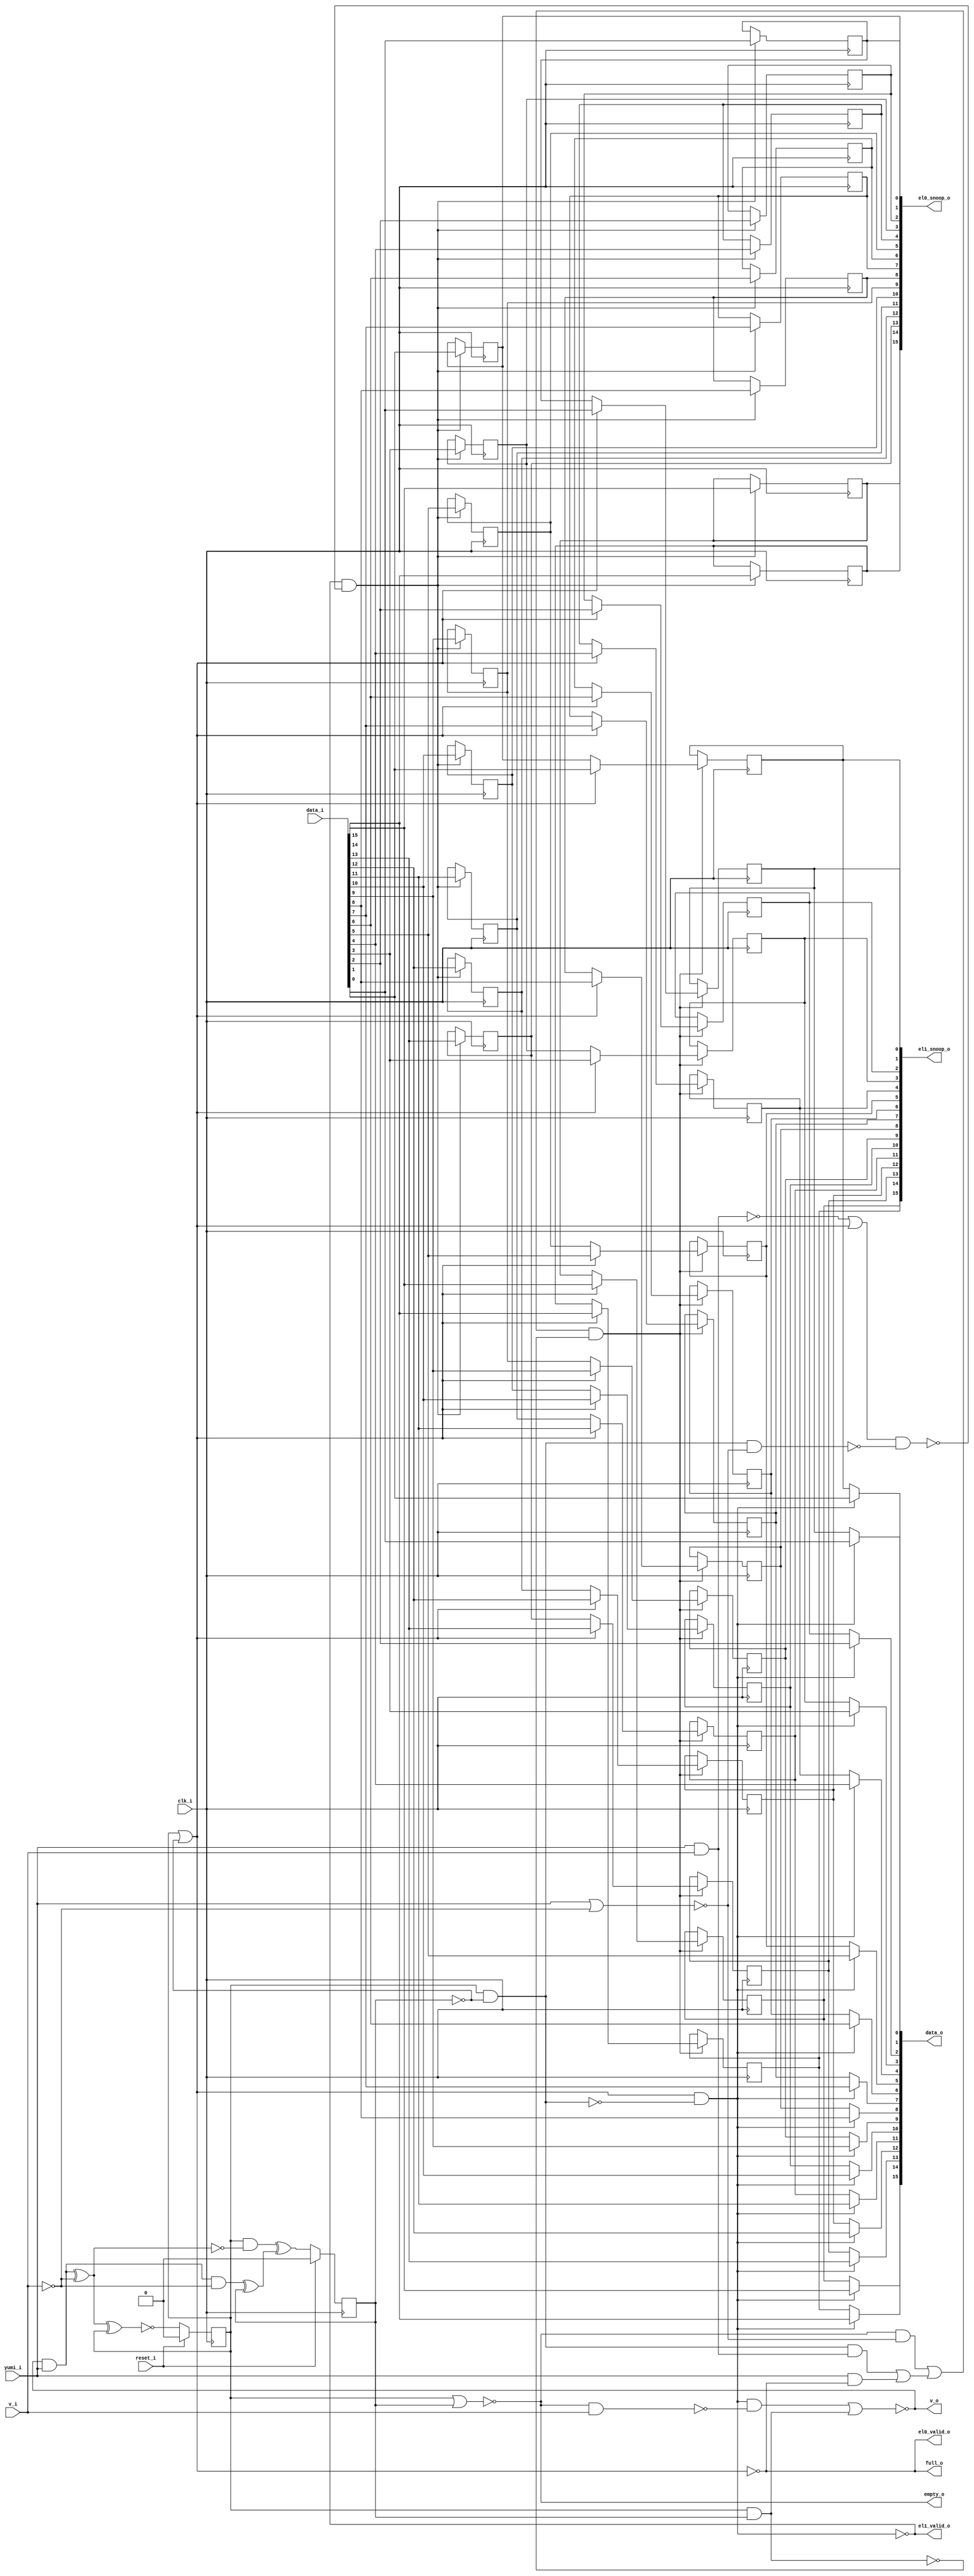
/* Generated by Yosys 0.27+9 (git sha1 101d19bb6, gcc 11.2.0-7ubuntu2 -fPIC -Os) */

(* top =  1  *)

module bsg_cache_buffer_queue(clk_i, reset_i, v_i, data_i, v_o, data_o, yumi_i, el0_valid_o, el1_valid_o, el0_snoop_o, el1_snoop_o, empty_o, full_o);
  wire _000_;
  wire _001_;
  wire _002_;
  wire _003_;
  wire _004_;
  wire _005_;
  wire _006_;
  wire _007_;
  wire _008_;
  wire _009_;
  wire _010_;
  wire _011_;
  wire _012_;
  wire _013_;
  wire _014_;
  wire _015_;
  wire _016_;
  wire _017_;
  wire _018_;
  wire _019_;
  wire _020_;
  wire _021_;
  
  wire _022_;
  
  wire _023_;
  
  wire _024_;
  
  wire _025_;
  
  wire _026_;
  
  wire _027_;
  
  wire _028_;
  
  wire _029_;
  
  wire _030_;
  
  wire _031_;
  
  wire _032_;
  
  wire _033_;
  
  wire _034_;
  
  wire _035_;
  
  wire _036_;
  
  wire _037_;
  (* force_downto = 32'd1 *)
  
  (* unused_bits = "1" *)
  wire [1:0] _038_;
  (* force_downto = 32'd1 *)
  
  wire [1:0] _039_;
  
  input clk_i;
  wire clk_i;
  
  input [15:0] data_i;
  wire [15:0] data_i;
  
  output [15:0] data_o;
  wire [15:0] data_o;
  
  wire el0_enable;
  
  reg [15:0] el0_r;
  
  output [15:0] el0_snoop_o;
  wire [15:0] el0_snoop_o;
  
  output el0_valid_o;
  wire el0_valid_o;
  
  wire el1_enable;
  
  reg [15:0] el1_r;
  
  output [15:0] el1_snoop_o;
  wire [15:0] el1_snoop_o;
  
  output el1_valid_o;
  wire el1_valid_o;
  
  output empty_o;
  wire empty_o;
  
  output full_o;
  wire full_o;
  
  wire mux0_sel;
  
  wire mux1_sel;
  
  reg [1:0] num_els_r;
  
  input reset_i;
  wire reset_i;
  
  input v_i;
  wire v_i;
  
  output v_o;
  wire v_o;
  
  input yumi_i;
  wire yumi_i;
  assign _019_ = num_els_r[0] | ~(num_els_r[1]);
  assign el0_valid_o = ~_019_;
  assign _020_ = num_els_r[0] & ~(num_els_r[1]);
  assign _021_ = _019_ & ~(_020_);
  assign el1_valid_o = ~_021_;
  assign empty_o = ~(num_els_r[0] | num_els_r[1]);
  assign data_o[0] = _021_ ? data_i[0] : el1_r[0];
  assign data_o[1] = _021_ ? data_i[1] : el1_r[1];
  assign data_o[2] = _021_ ? data_i[2] : el1_r[2];
  assign data_o[3] = _021_ ? data_i[3] : el1_r[3];
  assign data_o[4] = _021_ ? data_i[4] : el1_r[4];
  assign data_o[5] = _021_ ? data_i[5] : el1_r[5];
  assign data_o[6] = _021_ ? data_i[6] : el1_r[6];
  assign data_o[7] = _021_ ? data_i[7] : el1_r[7];
  assign data_o[8] = _021_ ? data_i[8] : el1_r[8];
  assign data_o[9] = _021_ ? data_i[9] : el1_r[9];
  assign data_o[10] = _021_ ? data_i[10] : el1_r[10];
  assign data_o[11] = _021_ ? data_i[11] : el1_r[11];
  assign data_o[12] = _021_ ? data_i[12] : el1_r[12];
  assign data_o[13] = _021_ ? data_i[13] : el1_r[13];
  assign data_o[14] = _021_ ? data_i[14] : el1_r[14];
  assign data_o[15] = _021_ ? data_i[15] : el1_r[15];
  assign _022_ = _019_ ? data_i[0] : el0_r[0];
  assign _029_ = _019_ ? data_i[1] : el0_r[1];
  assign _030_ = _019_ ? data_i[2] : el0_r[2];
  assign _031_ = _019_ ? data_i[3] : el0_r[3];
  assign _032_ = _019_ ? data_i[4] : el0_r[4];
  assign _033_ = _019_ ? data_i[5] : el0_r[5];
  assign _034_ = _019_ ? data_i[6] : el0_r[6];
  assign _035_ = _019_ ? data_i[7] : el0_r[7];
  assign _036_ = _019_ ? data_i[8] : el0_r[8];
  assign _037_ = _019_ ? data_i[9] : el0_r[9];
  assign _023_ = _019_ ? data_i[10] : el0_r[10];
  assign _024_ = _019_ ? data_i[11] : el0_r[11];
  assign _025_ = _019_ ? data_i[12] : el0_r[12];
  assign _026_ = _019_ ? data_i[13] : el0_r[13];
  assign _027_ = _019_ ? data_i[14] : el0_r[14];
  assign _028_ = _019_ ? data_i[15] : el0_r[15];
  assign _000_ = yumi_i & ~(_019_);
  assign _001_ = ~(yumi_i & v_i);
  assign _002_ = _020_ & ~(_001_);
  assign _003_ = _002_ | _000_;
  assign _004_ = yumi_i | ~(v_i);
  assign _005_ = empty_o & ~(_004_);
  assign _006_ = _005_ | _003_;
  assign _007_ = num_els_r[0] & num_els_r[1];
  assign el1_enable = _006_ & ~(_007_);
  assign _008_ = _001_ | _019_;
  assign _009_ = _020_ & ~(_004_);
  assign _010_ = _008_ & ~(_009_);
  assign el0_enable = el1_valid_o & ~(_010_);
  assign _011_ = ~v_i;
  assign _012_ = empty_o & ~(_011_);
  assign _013_ = _021_ & ~(_012_);
  assign v_o = ~(_013_ | _007_);
  assign _014_ = v_o & yumi_i;
  assign _015_ = _014_ & ~(v_i);
  assign _016_ = _015_ ^ num_els_r[1];
  assign _017_ = _014_ ^ _011_;
  assign _018_ = num_els_r[0] & ~(_017_);
  assign _039_[1] = _018_ ^ _016_;
  assign _038_[0] = ~(_017_ ^ num_els_r[0]);
  (* \always_ff  = 32'd1 *)
  
  always @(posedge clk_i)
    if (reset_i) num_els_r[0] <= 1'h0;
    else num_els_r[0] <= _038_[0];
  (* \always_ff  = 32'd1 *)
  
  always @(posedge clk_i)
    if (reset_i) num_els_r[1] <= 1'h0;
    else num_els_r[1] <= _039_[1];
  (* \always_ff  = 32'd1 *)
  
  always @(posedge clk_i)
    if (el0_enable) el0_r[0] <= data_i[0];
  (* \always_ff  = 32'd1 *)
  
  always @(posedge clk_i)
    if (el0_enable) el0_r[1] <= data_i[1];
  (* \always_ff  = 32'd1 *)
  
  always @(posedge clk_i)
    if (el0_enable) el0_r[2] <= data_i[2];
  (* \always_ff  = 32'd1 *)
  
  always @(posedge clk_i)
    if (el0_enable) el0_r[3] <= data_i[3];
  (* \always_ff  = 32'd1 *)
  
  always @(posedge clk_i)
    if (el0_enable) el0_r[4] <= data_i[4];
  (* \always_ff  = 32'd1 *)
  
  always @(posedge clk_i)
    if (el0_enable) el0_r[5] <= data_i[5];
  (* \always_ff  = 32'd1 *)
  
  always @(posedge clk_i)
    if (el0_enable) el0_r[6] <= data_i[6];
  (* \always_ff  = 32'd1 *)
  
  always @(posedge clk_i)
    if (el0_enable) el0_r[7] <= data_i[7];
  (* \always_ff  = 32'd1 *)
  
  always @(posedge clk_i)
    if (el0_enable) el0_r[8] <= data_i[8];
  (* \always_ff  = 32'd1 *)
  
  always @(posedge clk_i)
    if (el0_enable) el0_r[9] <= data_i[9];
  (* \always_ff  = 32'd1 *)
  
  always @(posedge clk_i)
    if (el0_enable) el0_r[10] <= data_i[10];
  (* \always_ff  = 32'd1 *)
  
  always @(posedge clk_i)
    if (el0_enable) el0_r[11] <= data_i[11];
  (* \always_ff  = 32'd1 *)
  
  always @(posedge clk_i)
    if (el0_enable) el0_r[12] <= data_i[12];
  (* \always_ff  = 32'd1 *)
  
  always @(posedge clk_i)
    if (el0_enable) el0_r[13] <= data_i[13];
  (* \always_ff  = 32'd1 *)
  
  always @(posedge clk_i)
    if (el0_enable) el0_r[14] <= data_i[14];
  (* \always_ff  = 32'd1 *)
  
  always @(posedge clk_i)
    if (el0_enable) el0_r[15] <= data_i[15];
  (* \always_ff  = 32'd1 *)
  
  always @(posedge clk_i)
    if (el1_enable) el1_r[0] <= _022_;
  (* \always_ff  = 32'd1 *)
  
  always @(posedge clk_i)
    if (el1_enable) el1_r[1] <= _029_;
  (* \always_ff  = 32'd1 *)
  
  always @(posedge clk_i)
    if (el1_enable) el1_r[2] <= _030_;
  (* \always_ff  = 32'd1 *)
  
  always @(posedge clk_i)
    if (el1_enable) el1_r[3] <= _031_;
  (* \always_ff  = 32'd1 *)
  
  always @(posedge clk_i)
    if (el1_enable) el1_r[4] <= _032_;
  (* \always_ff  = 32'd1 *)
  
  always @(posedge clk_i)
    if (el1_enable) el1_r[5] <= _033_;
  (* \always_ff  = 32'd1 *)
  
  always @(posedge clk_i)
    if (el1_enable) el1_r[6] <= _034_;
  (* \always_ff  = 32'd1 *)
  
  always @(posedge clk_i)
    if (el1_enable) el1_r[7] <= _035_;
  (* \always_ff  = 32'd1 *)
  
  always @(posedge clk_i)
    if (el1_enable) el1_r[8] <= _036_;
  (* \always_ff  = 32'd1 *)
  
  always @(posedge clk_i)
    if (el1_enable) el1_r[9] <= _037_;
  (* \always_ff  = 32'd1 *)
  
  always @(posedge clk_i)
    if (el1_enable) el1_r[10] <= _023_;
  (* \always_ff  = 32'd1 *)
  
  always @(posedge clk_i)
    if (el1_enable) el1_r[11] <= _024_;
  (* \always_ff  = 32'd1 *)
  
  always @(posedge clk_i)
    if (el1_enable) el1_r[12] <= _025_;
  (* \always_ff  = 32'd1 *)
  
  always @(posedge clk_i)
    if (el1_enable) el1_r[13] <= _026_;
  (* \always_ff  = 32'd1 *)
  
  always @(posedge clk_i)
    if (el1_enable) el1_r[14] <= _027_;
  (* \always_ff  = 32'd1 *)
  
  always @(posedge clk_i)
    if (el1_enable) el1_r[15] <= _028_;
  assign _039_[0] = _038_[0];
  assign el0_snoop_o = el0_r;
  assign el1_snoop_o = el1_r;
  assign full_o = el0_valid_o;
  assign mux0_sel = el0_valid_o;
  assign mux1_sel = el1_valid_o;
endmodule